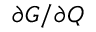
\partial G / \partial Q